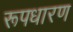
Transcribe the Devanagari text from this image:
रूपधारण